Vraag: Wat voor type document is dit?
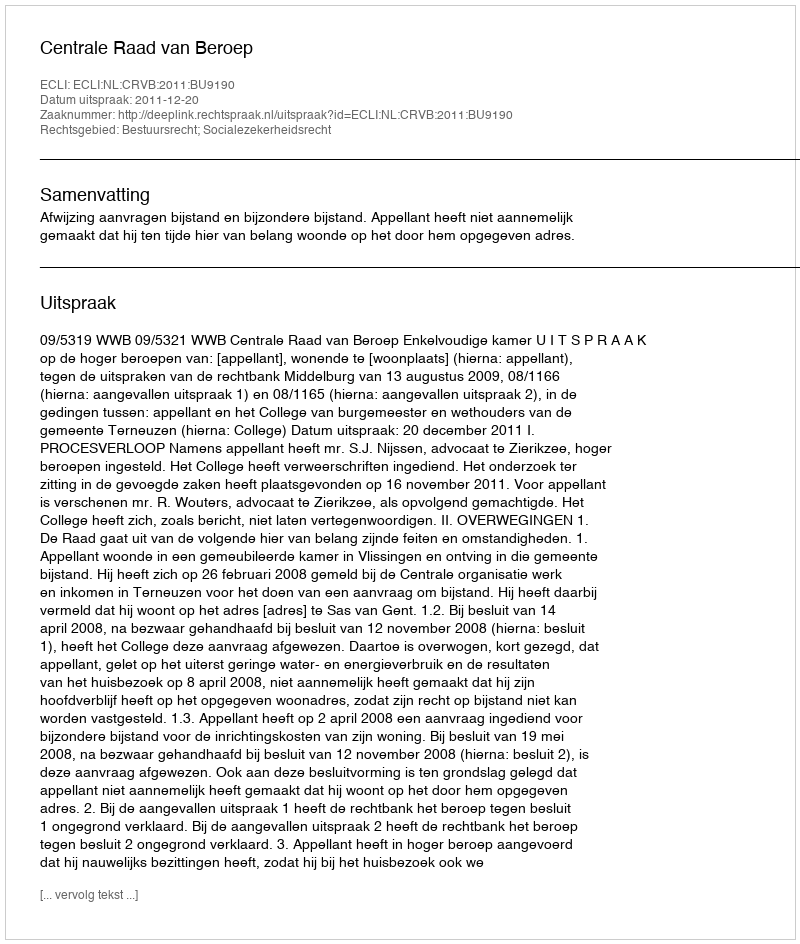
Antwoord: Uitspraak